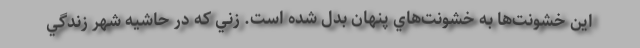
اين خشونت‌ها به خشونت‌هاي پنهان بدل شده است. زني كه در حاشيه شهر زندگي